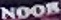
Noor